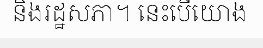
និងរដ្ឋសភា។ នេះបើយោង